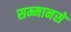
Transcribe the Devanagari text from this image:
सम्मानसे